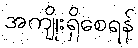
အကျိုးရှိစေရန်